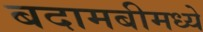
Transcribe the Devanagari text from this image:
बदामबीमध्ये